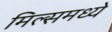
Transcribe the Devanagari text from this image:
मिल्समध्ये